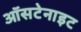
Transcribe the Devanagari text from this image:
ऑसटेनाइट